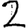
Digit: 2